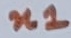
Text: n1